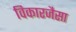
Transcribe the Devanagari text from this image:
विकारजैसा